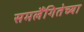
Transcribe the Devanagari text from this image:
समलैंगितेच्या